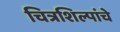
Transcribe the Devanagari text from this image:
चित्रशिल्पांचे